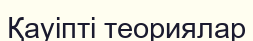
Қауіпті теориялар